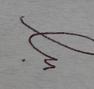
Signature authenticity: forged